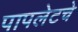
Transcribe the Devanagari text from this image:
पापलेटचे